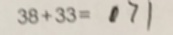
3 8 + 3 3 = 7 1